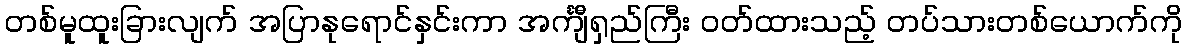
တစ်မူထူးခြားလျက် အပြာနုရောင်နှင်းကာ အင်္ကျီရှည်ကြီး ဝတ်ထားသည့် တပ်သားတစ်ယောက်ကို